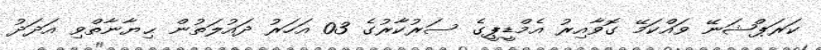
ކަރަޕްޝަނޭ ވައްކަމޭ ގޮވާއިރު އެމްޑީޕީގެ ސަރުކާރުގެ 03 އަހަރު ދައުލަތުން ޙިޔާނާތްވި އަދަދު